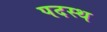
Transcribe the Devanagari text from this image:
पदस्‍थ